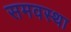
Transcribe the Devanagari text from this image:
समवस्था